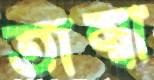
তাম্বা